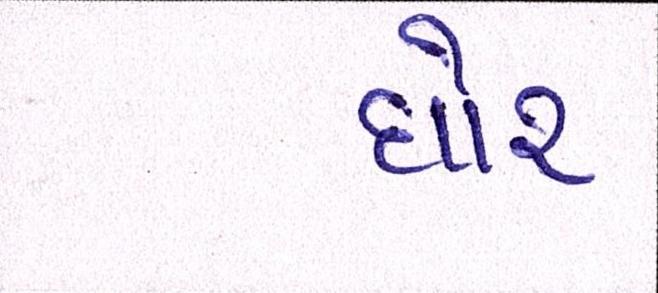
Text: ઘોર